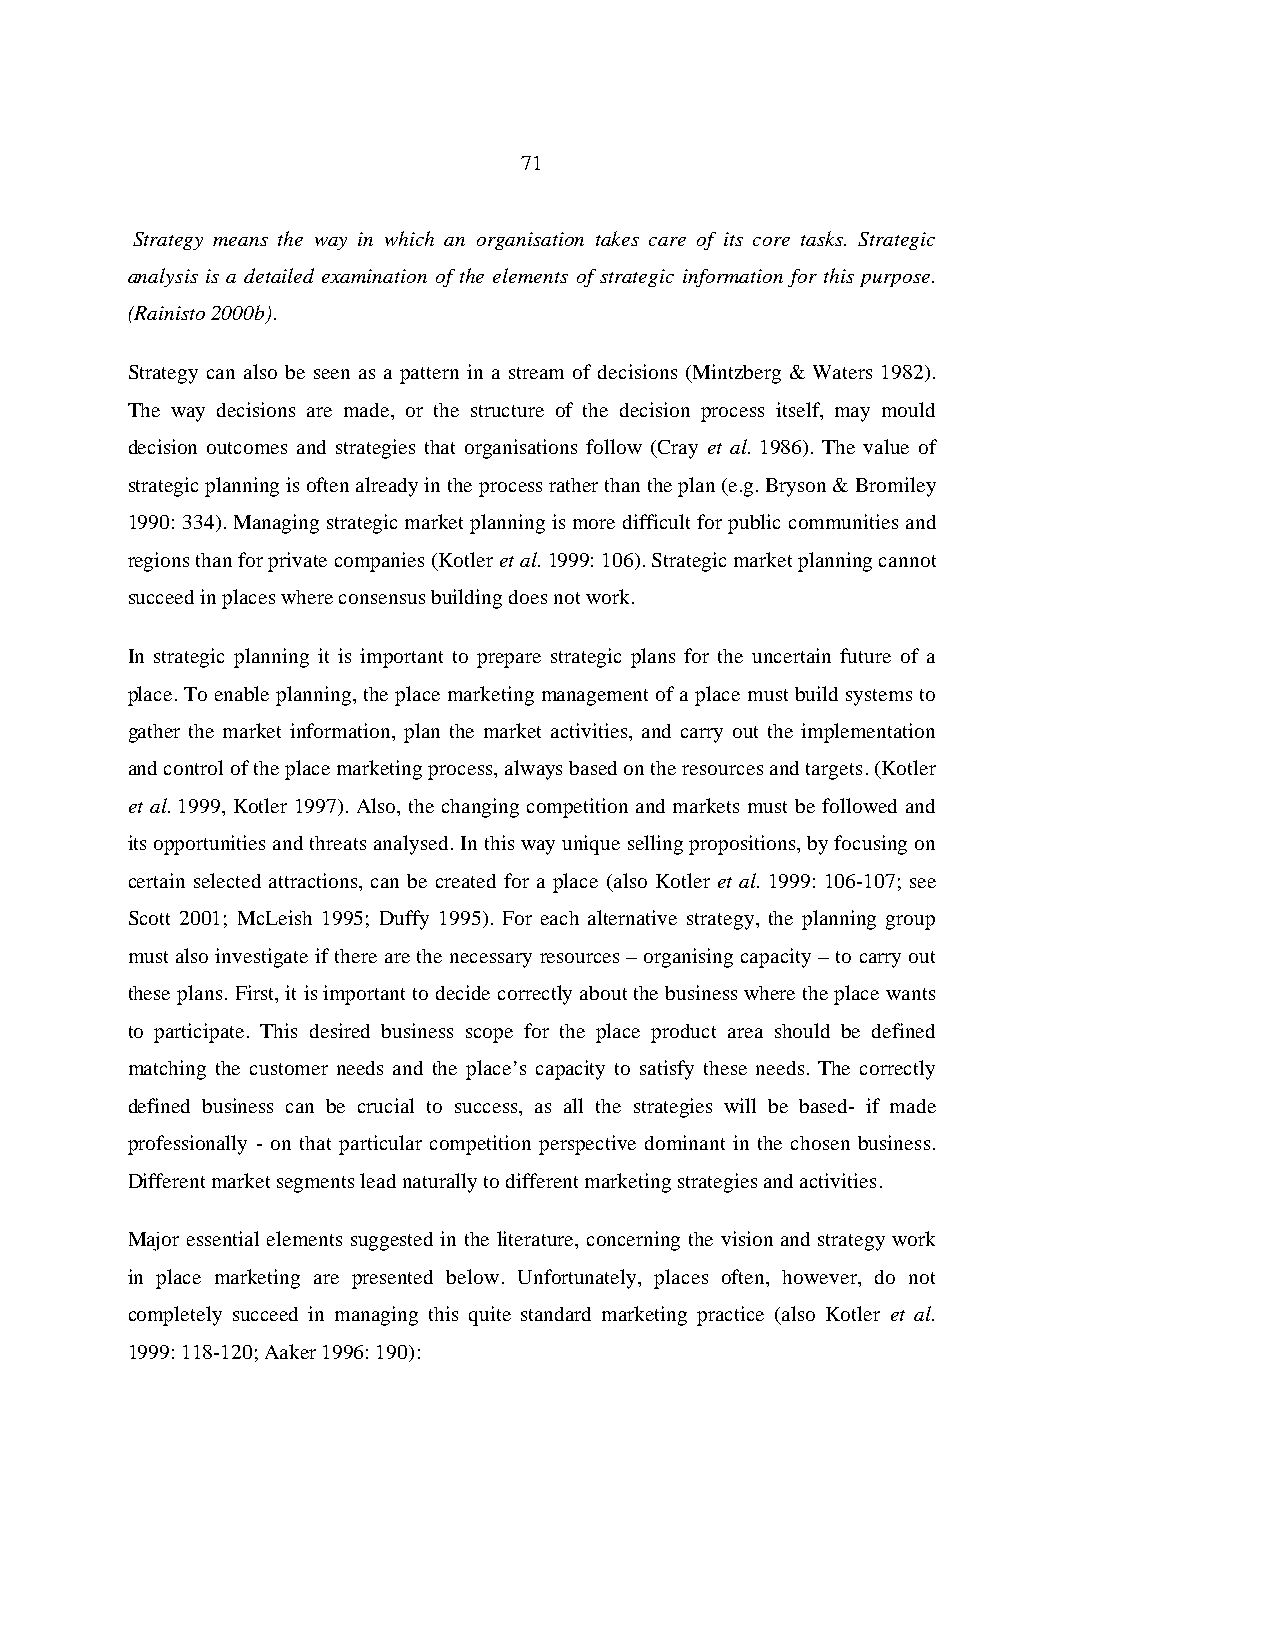
71
 Strategy means the way in which an organisation takes care of its core tasks. Strategic
 analysis is a detailed examination of the elements of strategic information for this purpose.
 (Rainisto 2000b).
 Strategy can also be seen as a pattern in a stream of decisions (Mintzberg & Waters 1982).
 The way decisions are made, or the structure of the decision process itself, may mould
 decision outcomes and strategies that organisations follow (Cray et al. 1986). The value of
 strategic planning is often already in the process rather than the plan (e.g. Bryson & Bromiley
 1990: 334). Managing strategic market planning is more difficult for public communities and
 regions than for private companies (Kotler et al. 1999: 106). Strategic market planning cannot
 succeed in places where consensus building does not work.
 In strategic planning it is important to prepare strategic plans for the uncertain future of a
 place. To enable planning, the place marketing management of a place must build systems to
 gather the market information, plan the market activities, and carry out the implementation
 and control of the place marketing process, always based on the resources and targets. (Kotler
 et al. 1999, Kotler 1997). Also, the changing competition and markets must be followed and
 its opportunities and threats analysed. In this way unique selling propositions, by focusing on
 certain selected attractions, can be created for a place (also Kotler et al. 1999: 106-107; see
 Scott 2001; McLeish 1995; Duffy 1995). For each alternative strategy, the planning group
 must also investigate if there are the necessary resources – organising capacity – to carry out
 these plans. First, it is important to decide correctly about the business where the place wants
 to participate. This desired business scope for the place product area should be defined
 matching the customer needs and the place’s capacity to satisfy these needs. The correctly
 defined business can be crucial to success, as all the strategies will be based- if made
 professionally - on that particular competition perspective dominant in the chosen business.
 Different market segments lead naturally to different marketing strategies and activities.
 Major essential elements suggested in the literature, concerning the vision and strategy work
 in place marketing are presented below. Unfortunately, places often, however, do not
 completely succeed in managing this quite standard marketing practice (also Kotler et al.
 1999: 118-120; Aaker 1996: 190):